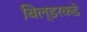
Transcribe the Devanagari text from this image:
बिल्डरकडे